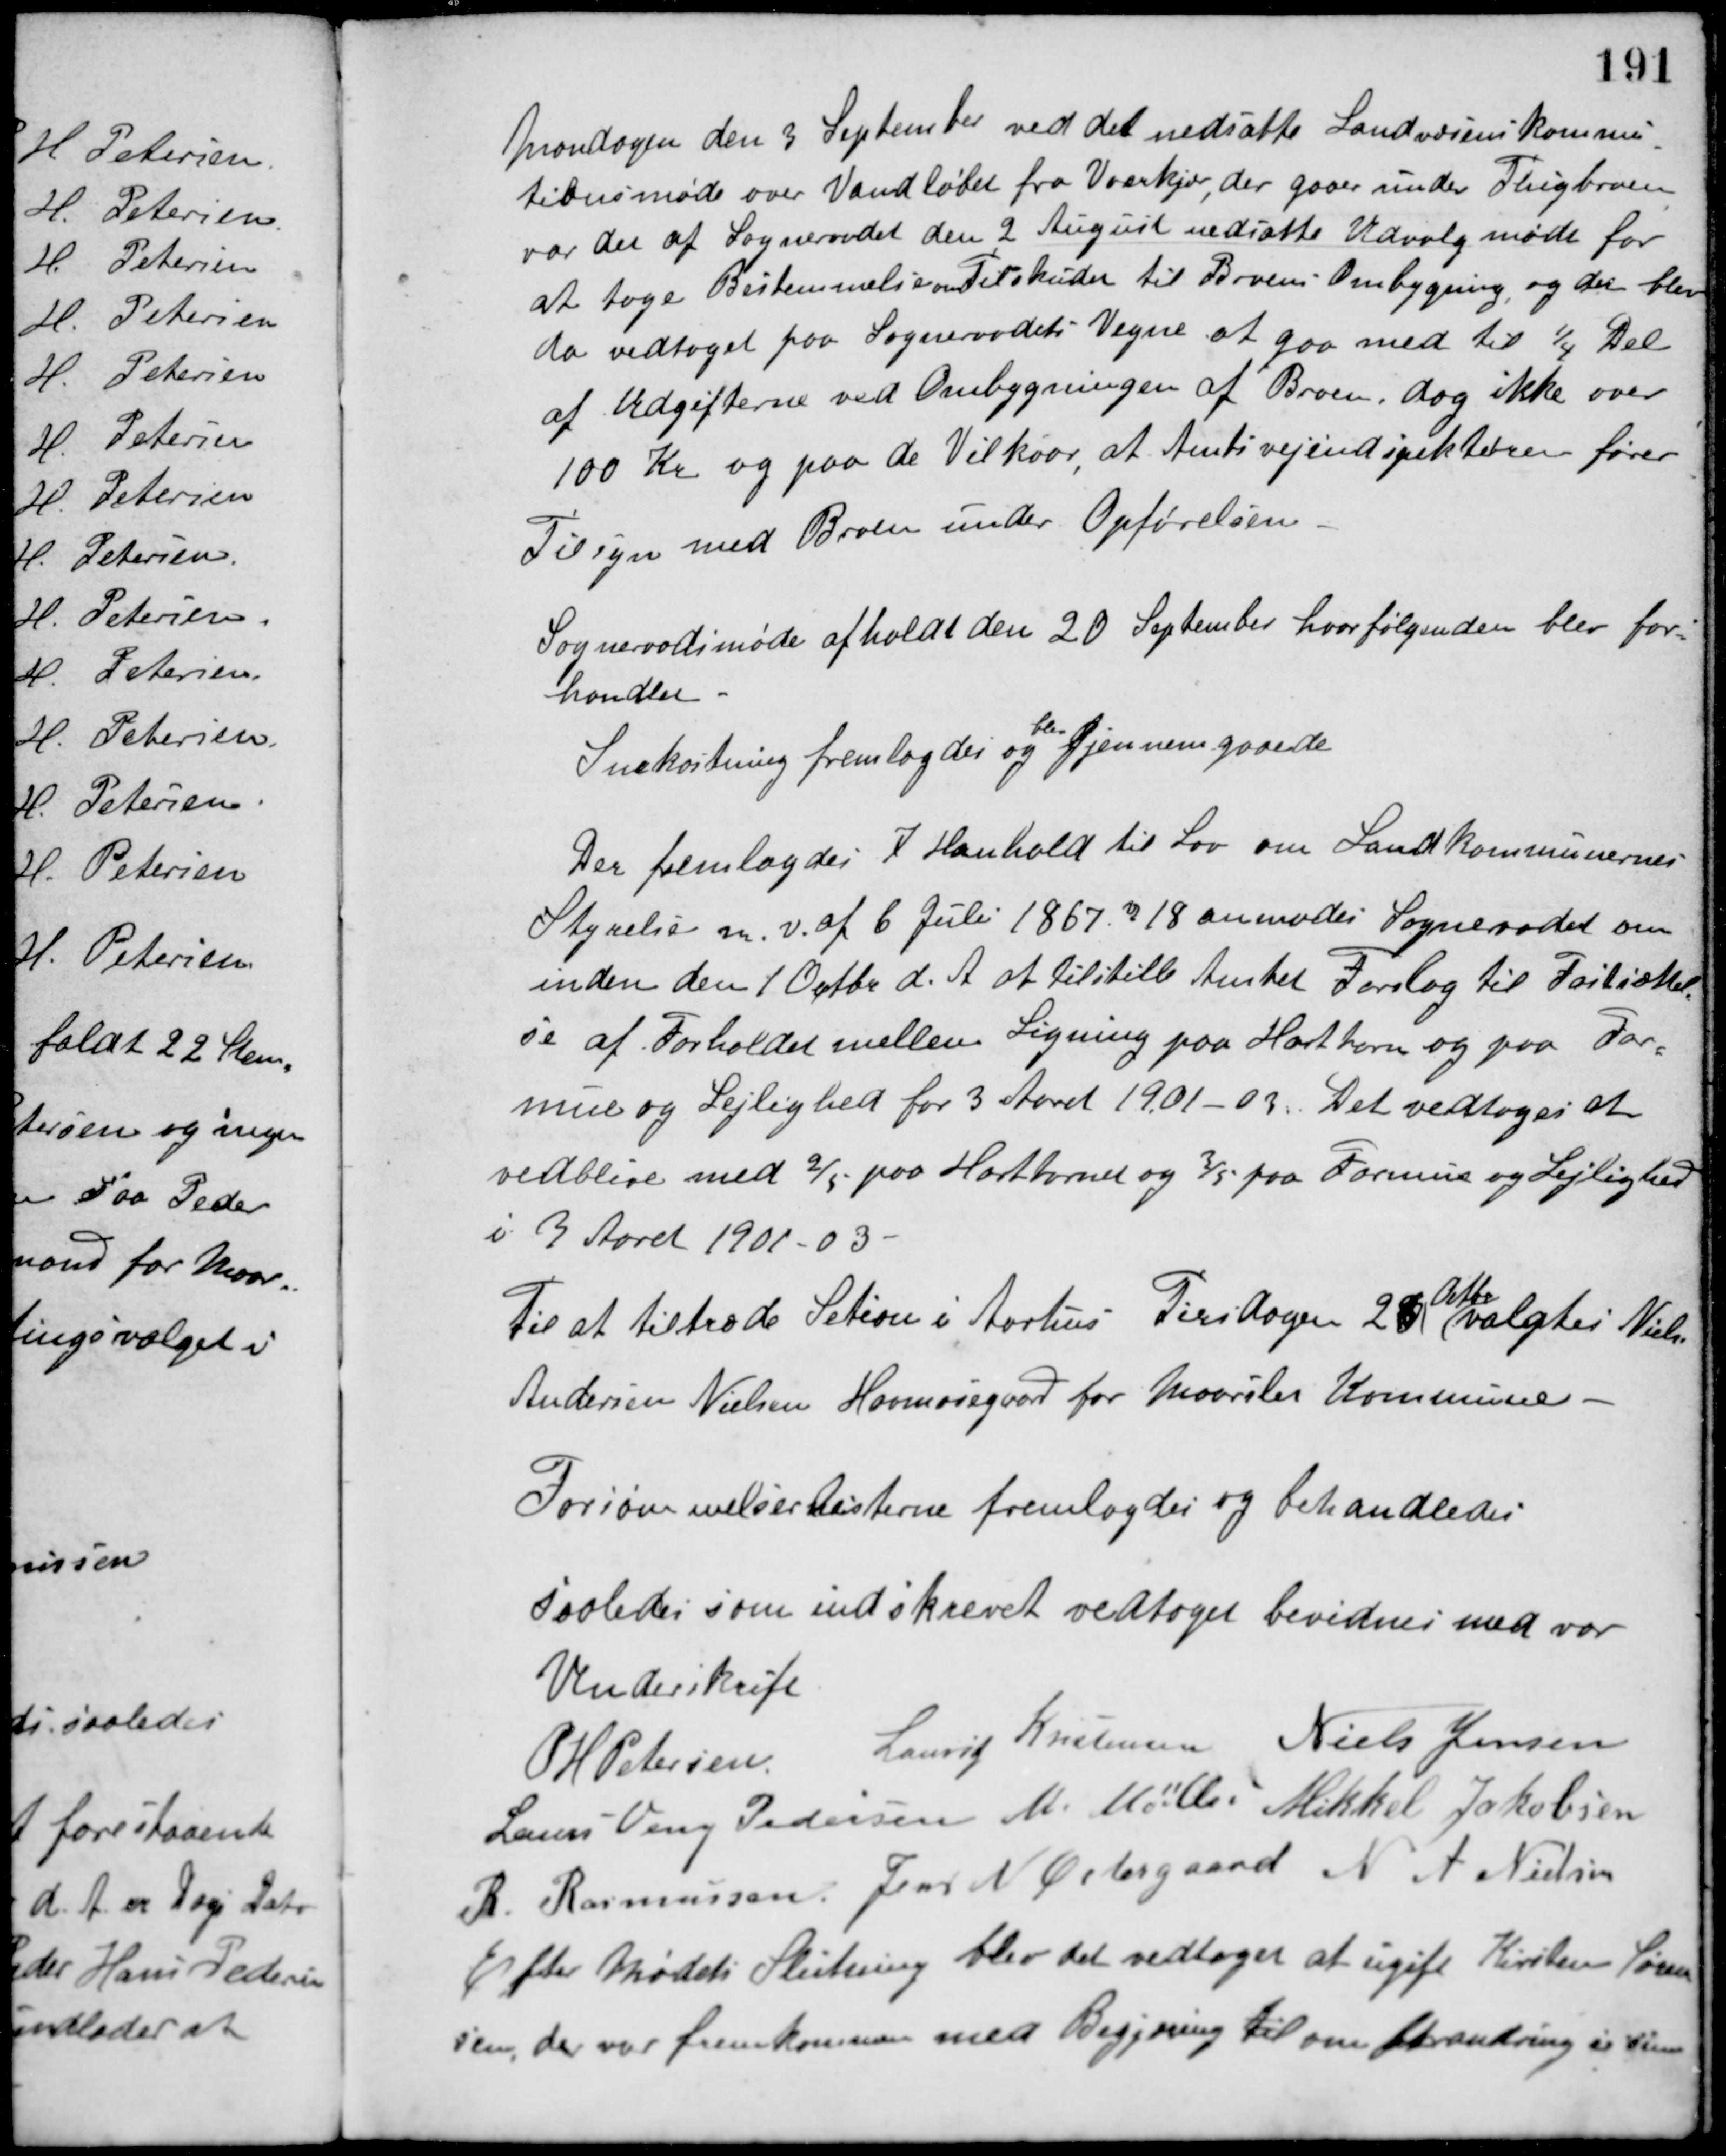
Transskription:
Mandagen den 3 September ved det nedsatte Landvæsenskommis-
tionsmøde over Vandløbet fra Vaarkjær, der gaaer under Tingbroen
var det af Sogneraadet den 2 August nedsatte Udvalg mødt for
at tage Bestemmelse om Tilskudet til Broens Ombygning, og det blev
da vedtaget paa Sogneraadets Vegne at gaa med til 1/4 Del
af Udgifterne ved Ombygningen af Broen, dog ikke over
100 Kr. og paa de Vilkaar at Amtsvejindspektøren fører
Tilsyn med Broen under Opførelsen.
Sogneraadsmøde afholdt den 20 September hvor følgende blev for-
handlet.
Snekastning fremlagdes og
blev
Gjennemgaaede
Der fremlagdes I Henhold til Lov om Landkommunernes
Styrelse m. v. af 6 Juli 1867 § 18 anmodes Sogneraadet om
inden den 1 Oktbr. d. A. at tilstille Amtet Forslag til Fastsættel-
se af Forholdet mellem Ligning paa Hartkorn og paa For-
mue og Lejlighed for 3 Aaret 1901-03. Det vedtoges at
vedblive med 2/5 paa Hartkornet og 3/5 paa Formue og Lejlighed
i 3 Aaret 1901-03.
Til at tiltræde Setion i Aarhus Tirsdagen 26
Oktbr.
valgtes Niels
Andersen Nielsen, Havmosegaard for Maarslet Kommune.
Forsømmelseslisterne fremlagdes og behandledes.
Saaledes som indskrevet vedtaget bevidnes med vor
Underskrift.
P. H. Petersen Laurs Kristensen Niels Jensen
Laurs Veng Pedersen M. Møller Mikkel Jakobsen
R. Rasmussen Jens N. Østergaard N. A. Nielsen
Efter Mødets Slutning blev det vedtaget at ugift Kirsten Søren-
sen der var fremkommen med Begjæring til om forandring i sin